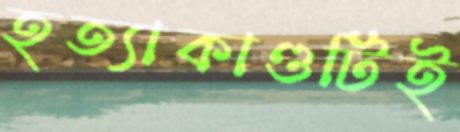
হত্যাকাণ্ডটিই